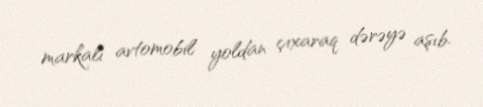
markalı avtomobil yoldan çıxaraq dərəyə aşıb.